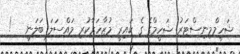
ޝަހީމްމިނިސްޓަރު ޝަހީމްގެ ގެ ކައިރީ މުޒާހަރާކުރި މައްސަލަ ބަލަނީ   !